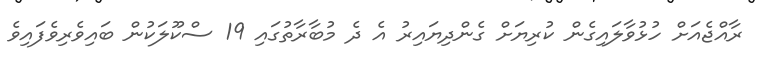
ރާއްޖެއަށް ހުޅުވާލައިގެން ކުރިޔަށް ގެންދިޔައިރު އެ ދެ މުބާރާތުގައި 19 ސްކޫލަކުން ބައިވެރިވެފައިވެ